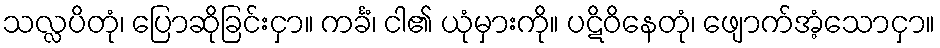
သလ္လပိတုံ၊ ပြောဆိုခြင်းငှာ။ ကင်္ခံ၊ ငါ၏ ယုံမှားကို။ ပဋိဝိနေတုံ၊ ဖျောက်အံ့သောငှာ။